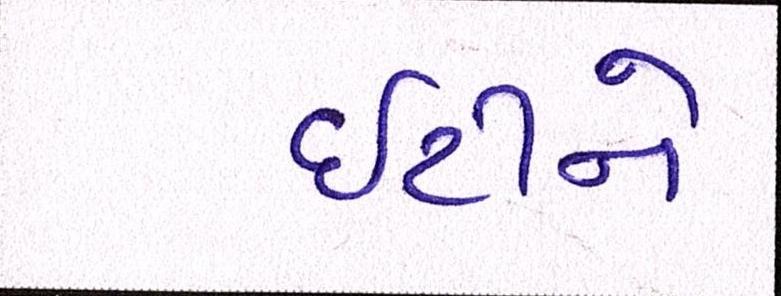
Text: ઇટીને